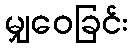
မျှဝေခြင်း